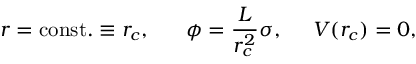
r = \mathrm { c o n s t . } \equiv r _ { c } , \; \; \; \; \; \; \phi = \frac { L } { r _ { c } ^ { 2 } } \sigma , \; \; \; \; \; V ( r _ { c } ) = 0 ,